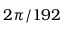
2 \pi / 1 9 2